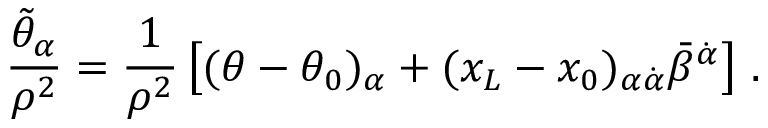
\frac { \tilde { \theta } _ { \alpha } } { \rho ^ { 2 } } = \frac { 1 } { \rho ^ { 2 } } \left[ ( \theta - \theta _ { 0 } ) _ { \alpha } + ( x _ { L } - x _ { 0 } ) _ { \alpha \dot { \alpha } } \bar { \beta } ^ { \dot { \alpha } } \right] \, .